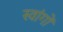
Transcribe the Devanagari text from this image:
स्वांगों